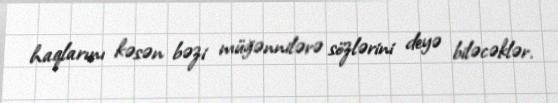
haqlarını kəsən bəzi müğənnilərə sözlərini deyə biləcəklər.